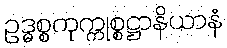
ဥဒ္ဓစ္စကုက္ကုစ္စဋ္ဌာနိယာနံ